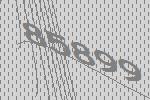
85899